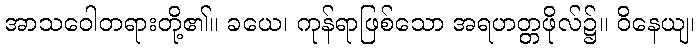
အာသဝေါတရားတို့၏။ ခယေ၊ ကုန်ရာဖြစ်သော အရဟတ္တဖိုလ်၌။ ဝိနေယျ၊